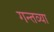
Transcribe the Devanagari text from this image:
गन्तव्या